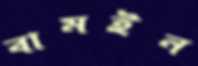
বামইন